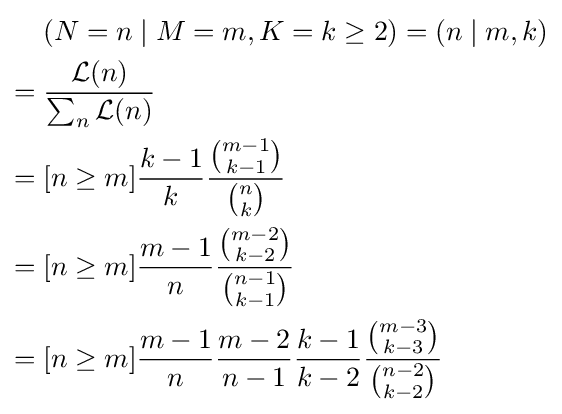
{\begin{aligned}&(N=n\mid M=m,K=k\geq 2)=(n\mid m,k)\\={}&{\frac {{\mathcal {L}}(n)}{\sum _{n}{\mathcal {L}}(n)}}\\={}&[n\geq m]{\frac {k-1}{k}}{\frac {\binom {m-1}{k-1}}{\binom {n}{k}}}\\={}&[n\geq m]{\frac {m-1}{n}}{\frac {\binom {m-2}{k-2}}{\binom {n-1}{k-1}}}\\={}&[n\geq m]{\frac {m-1}{n}}{\frac {m-2}{n-1}}{\frac {k-1}{k-2}}{\frac {\binom {m-3}{k-3}}{\binom {n-2}{k-2}}}\end{aligned}}